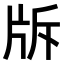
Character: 𤖴